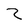
Character: Z